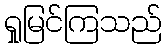
ရှုမြင်ကြသည်